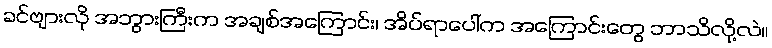
ခင်ဗျားလို အဘွားကြီးက အချစ်အကြောင်း၊ အိပ်ရာပေါ်က အကြောင်းတွေ ဘာသိလို့လဲ။